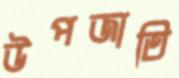
উপজাতি